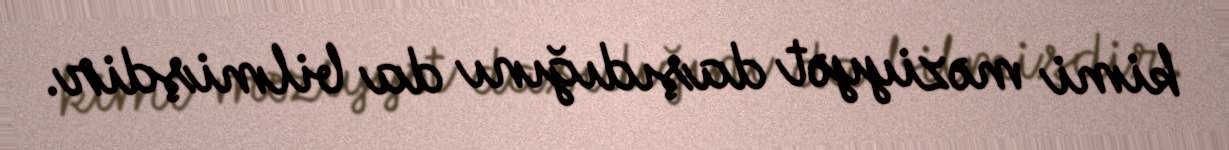
kimi məziyyət daşıdığını da bilmişdir.